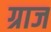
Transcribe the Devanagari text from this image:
ग्राज